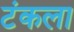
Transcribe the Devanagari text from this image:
टंकला